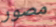
مصور